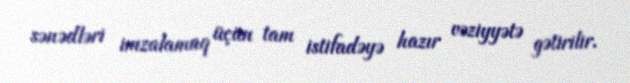
sənədləri imzalamaq üçün tam istifadəyə hazır vəziyyətə gətirilir.